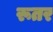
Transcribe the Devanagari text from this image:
रूतर